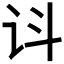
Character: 𬣟